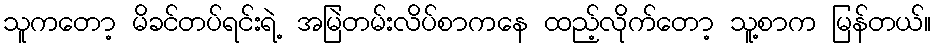
သူကတော့ မိခင်တပ်ရင်းရဲ့ အမြဲတမ်းလိပ်စာကနေ ထည့်လိုက်တော့ သူ့စာက မြန်တယ်။